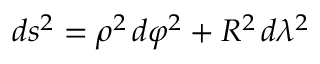
d s ^ { 2 } = \rho ^ { 2 } \, d \varphi ^ { 2 } + R ^ { 2 } \, d \lambda ^ { 2 }